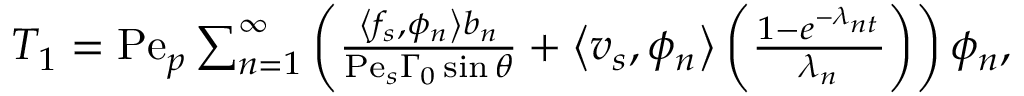
\begin{array} { r l } & { T _ { 1 } = \mathrm { P e } _ { p } \sum _ { n = 1 } ^ { \infty } \left( \frac { \left\langle f _ { s } , \phi _ { n } \right\rangle b _ { n } } { \mathrm { P e } _ { s } \Gamma _ { 0 } \sin \theta } + \left\langle v _ { s } , \phi _ { n } \right\rangle \left( \frac { 1 - e ^ { - \lambda _ { n t } } } { \lambda _ { n } } \right) \right) \phi _ { n } , } \end{array}